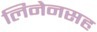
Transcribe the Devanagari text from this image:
लिनेनसह